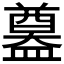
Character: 𥂴